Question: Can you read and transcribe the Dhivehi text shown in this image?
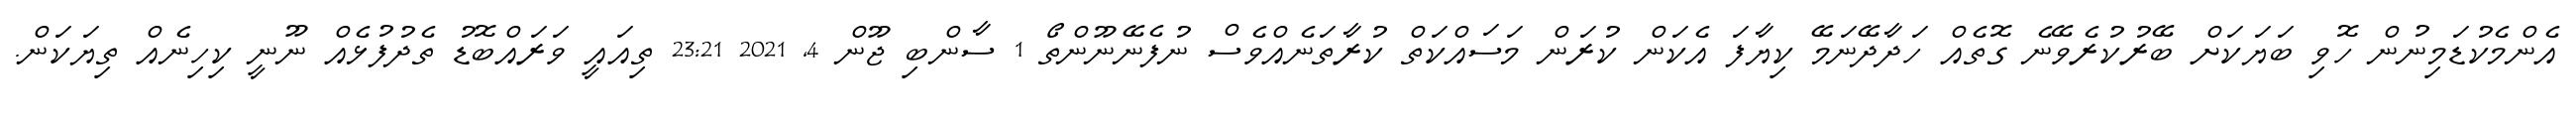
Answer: އެންމެކުޑަމިނުން ހޮވި ބަޔަކަށް ބޭރުކުރެވޭނެ ގޮތެއް ހަދާދޭނަމޭ ކިޔާފަ އެކަން ކުރަން މަސައްކަތް ކުރާތަނެއްވެސް ނުފެނޭނޫންތޯ 1 ސާންބި ޖޫން 4, 2021 23:21 ތިއައީ ވަރައްބޮޑު ތެދުފުޅެއް ނޫނީ ކިހިނެއް ތިޔަކަން.